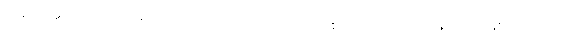
ဘုရားအစရှိသောသူတော်ကောင်းတို့သည်။ ဥပေက္ခကော၊ လျစ်လျူရှုသည်ဖြစ်၍။ သတိမာ၊